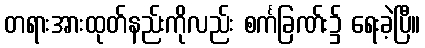
တရားအားထုတ်နည်းကိုလည်း စင်္ကခြဏ်း၌ ရေးခဲ့ပြီ။